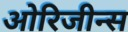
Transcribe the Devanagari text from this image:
ओरिजीन्स